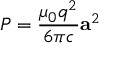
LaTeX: P = { \frac { \mu _ { 0 } q ^ { 2 } } { 6 \pi c } } \mathbf { a } ^ { 2 }